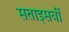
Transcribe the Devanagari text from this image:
सताइसवीं